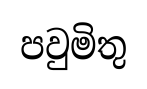
පවුමිතු